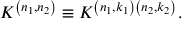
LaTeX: { \cal K } ^ { \left( n _ { 1 } , n _ { 2 } \right) } \equiv { \cal K } ^ { \left( n _ { 1 } , k _ { 1 } \right) \left( n _ { 2 } , k _ { 2 } \right) } .